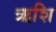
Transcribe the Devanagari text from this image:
ऋशि